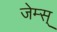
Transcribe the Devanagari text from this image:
जेम्स्